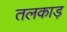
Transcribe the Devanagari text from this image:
तलकाड़